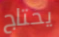
يحتاج